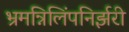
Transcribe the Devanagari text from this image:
भ्रमन्निलिंपनिर्झरी